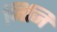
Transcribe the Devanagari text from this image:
जिजि